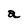
Character: a